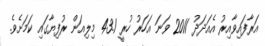
އަރާފައިވާއިރު އެއަދަދު 2011 ވަނަ އަހަރު ހުރީ 43.1 މިލިއަން ރުފިޔާގައި ކަމަށެވެ.